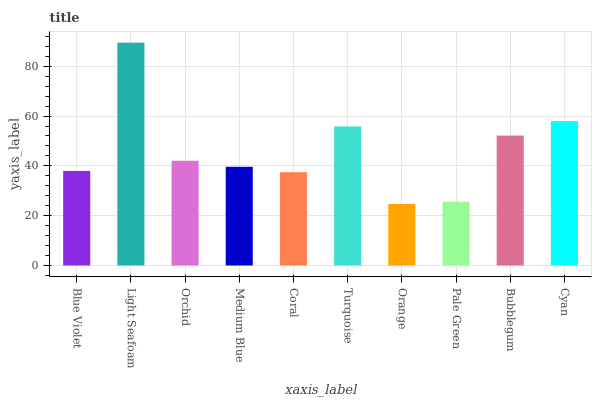
| xaxis_label | bars |
 | --- | --- |
 | Blue Violet | 38 |
 | Light Seafoam | 89.5 |
 | Orchid | 42 |
 | Medium Blue | 39.6 |
 | Coral | 37.5 |
 | Turquoise | 55.8 |
 | Orange | 24.7 |
 | Pale Green | 25.6 |
 | Bubblegum | 52.2 |
 | Cyan | 58 |